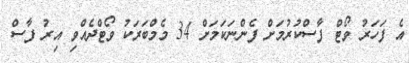
އެ ފަހަރު ވޯޓް ފާސްކުރުމަށް ފެންނަކަމަށް 34 މެމްބަރަކު ވޯޓްދެއްވި އިރު ފާސް